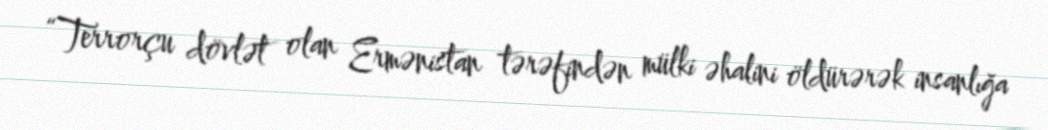
“Terrorçu dövlət olan Ermənistan tərəfindən mülki əhalini öldürərək insanlığa